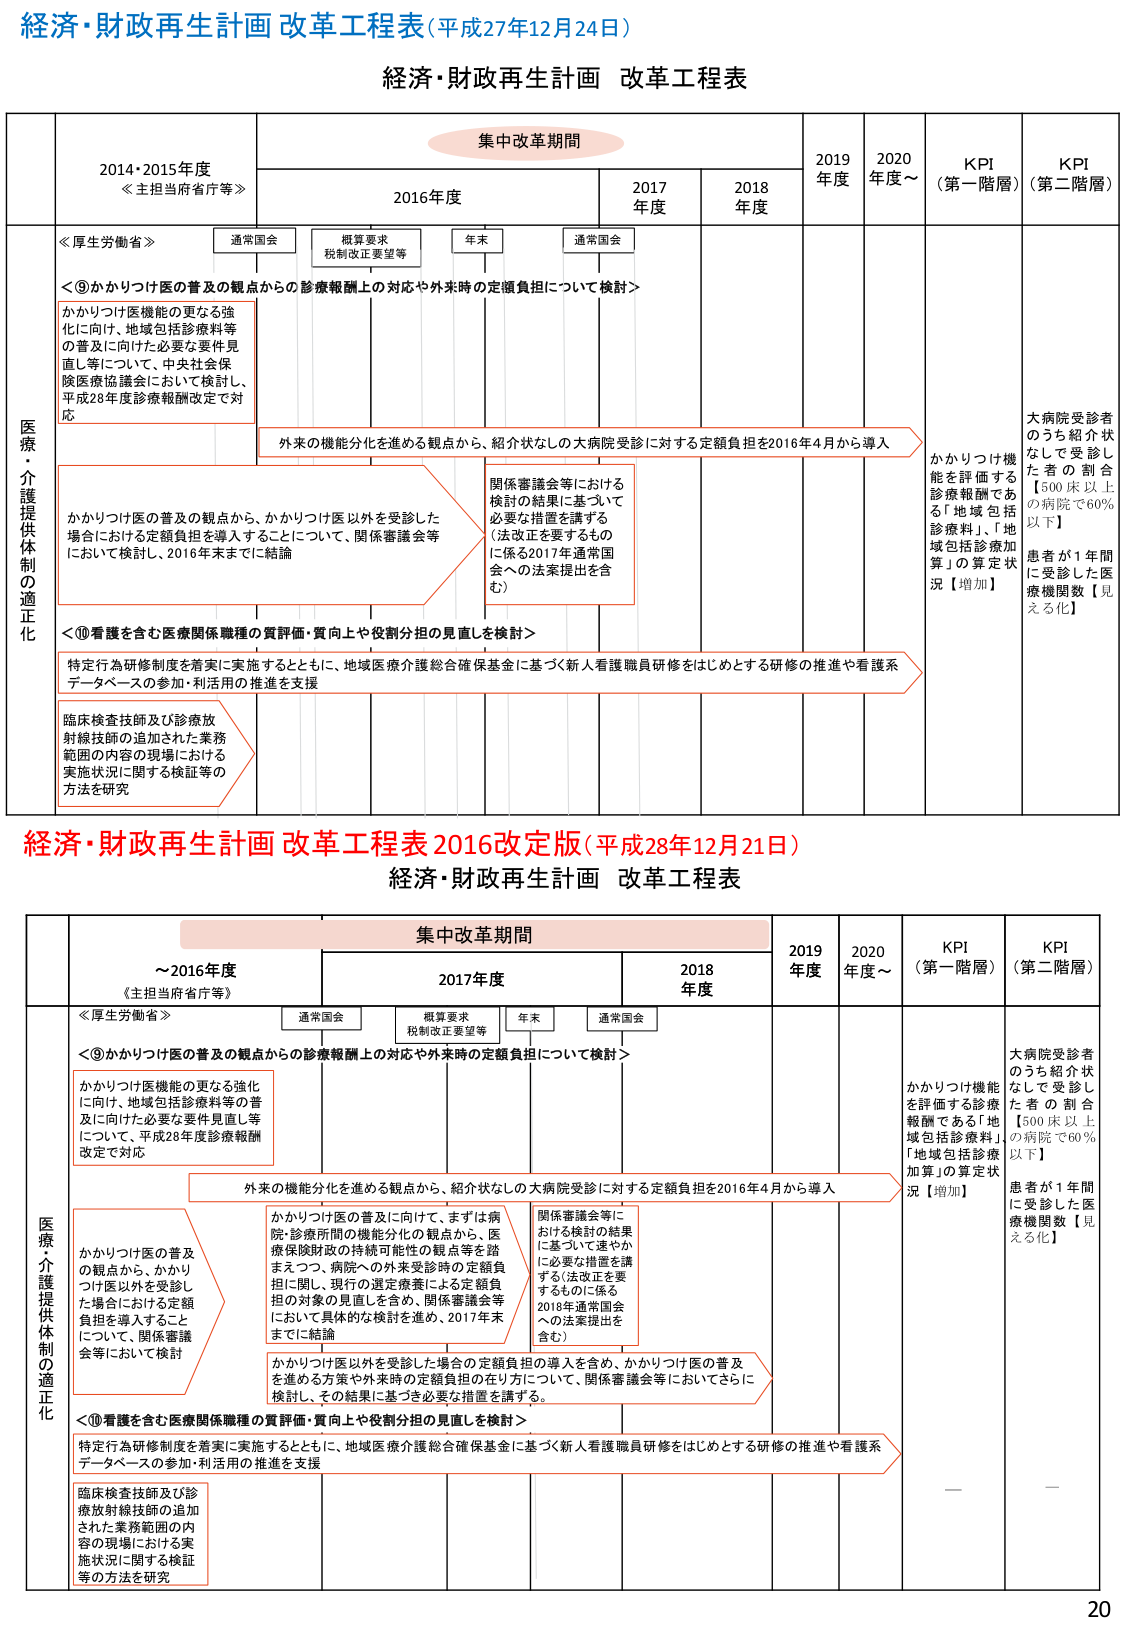
経済・財政再生計画 改革工程表(平成27年12月24日)
経済・財政再生計画 改革工程表

集中改革期間
2014・2015年度
《主担当府省庁等》
2016年度
2017年度
2018年度
2019年度
2020年度～
KPI（第一階層）
KPI（第二階層）

医療・介護提供制の適正化

＜厚生労働省＞
通常国会
概算要求
税制改正要望等
年末
通常国会

＜⑨かかりつけ医の普及の観点からの診療報酬上の対応や外来時の定額負担について検討＞
かかりつけ医機能の更なる強化に向け、地域包括診療料等の普及に向けた必要な要件見直し等について、中央社会保険医療協議会において検討し、平成28年度診療報酬改定で対応

外来の機能分化を進める観点から、紹介状なしの大病院受診に対する定額負担を2016年4月から導入

かかりつけ医の普及の観点から、かかりつけ医以外を受診した場合における定額負担を導入することについて、関係審議会等において検討し、2016年末までに結論

関係審議会等における検討の結果に基づいて必要な措置を講ずる（法改正を要するものに係る2017年通常国会への法案提出を含む）

＜⑩看護を含む医療関係職種の質評価・質向上や役割分担の見直しを検討＞
特定行為研修制度を着実に実施するとともに、地域医療介護総合確保基金に基づく新人看護職員研修をはじめとする研修の推進や看護系データベースの参加・利活用の推進を支援

臨床検査技師及び診療放射線技師の追加された業務範囲の内容の現場における実施状況に関する検証等の方法を研究

KPI（第一階層）
かかりつけ機能を評価する診療報酬である「地域包括診療料」、「地域包括診療加算」の算定状況【増加】

KPI（第二階層）
大病院受診者のうち紹介状なしで受診した者の割合【500床以上の病院で60％以下】
患者が1年間に受診した医療機関数【見える化】

経済・財政再生計画 改革工程表 2016改定版(平成28年12月21日)
経済・財政再生計画 改革工程表

集中改革期間
～2016年度
《主担当府省庁等》
2017年度
2018年度
2019年度
2020年度～
KPI（第一階層）
KPI（第二階層）

医療・介護提供制の適正化

＜厚生労働省＞
通常国会
概算要求
税制改正要望等
年末
通常国会

＜⑨かかりつけ医の普及の観点からの診療報酬上の対応や外来時の定額負担について検討＞
かかりつけ医機能の更なる強化に向け、地域包括診療料等の普及に向けた必要な要件見直し等について、平成28年度診療報酬改定で対応

外来の機能分化を進める観点から、紹介状なしの大病院受診に対する定額負担を2016年4月から導入

かかりつけ医の普及の観点から、かかりつけ医以外を受診した場合における定額負担を導入することについて、関係審議会等において検討

かかりつけ医の普及に向け、まずは病院・診療所間の機能分化の観点から、医療保険財政の持続可能性の観点等を踏まえつつ、病院への外来受診時の定額負担に関し、現行の選定療養による定額負担の対象の見直しを含め、関係審議会等において具体的な検討を進め、2017年末までに結論

関係審議会等における検討の結果に基づいて速やかに必要な措置を講ずる（法改正を要するものに係る2018年通常国会への法案提出を含む）

かかりつけ医以外を受診した場合の定額負担の導入を含め、かかりつけ医の普及を進める方策や外来時の定額負担の在り方について、関係審議会等においてさらに検討し、その結果に基づき必要な措置を講ずる。

＜⑩看護を含む医療関係職種の質評価・質向上や役割分担の見直しを検討＞
特定行為研修制度を着実に実施するとともに、地域医療介護総合確保基金に基づく新人看護職員研修をはじめとする研修の推進や看護系データベースの参加・利活用の推進を支援

臨床検査技師及び診療放射線技師の追加された業務範囲の内容の現場における実施状況に関する検証等の方法を研究

KPI（第一階層）
かかりつけ機能を評価する診療報酬である「地域包括診療料」、「地域包括診療加算」の算定状況【増加】

KPI（第二階層）
大病院受診者のうち紹介状なしで受診した者の割合【500床以上の病院で60％以下】
患者が1年間に受診した医療機関数【見える化】

20